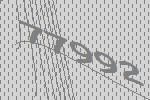
77992